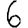
Digit: 6